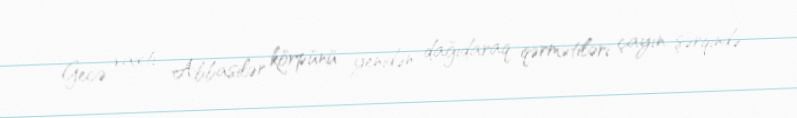
Gecə vaxtı Abbasilər körpünü yenidən dağıdaraq qərmətiləri çayın şərqində